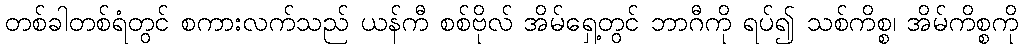
တစ်ခါတစ်ရံတွင် စကားလက်သည် ယန်ကီ စစ်ဗိုလ် အိမ်ရှေ့တွင် ဘာဂီကို ရပ်၍ သစ်ကိစ္စ၊ အိမ်ကိစ္စကို